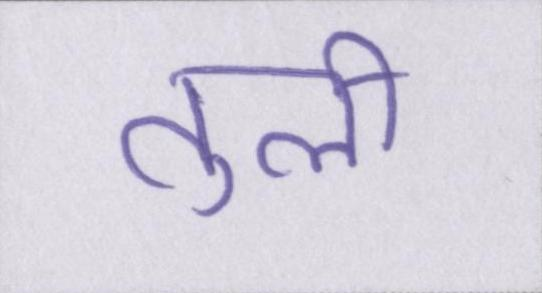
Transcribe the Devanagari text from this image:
तुली